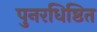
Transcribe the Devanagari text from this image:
पुनरधिष्ठित